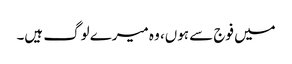
میں فوج سے ہوں، وہ میرے لوگ ہیں۔